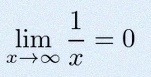
\lim_{x\to\infty}\frac{1}{x}=0